Civil Veterinary Department. Central Provinces & Berar 1925-31 - 1925-1931
Year: 1925
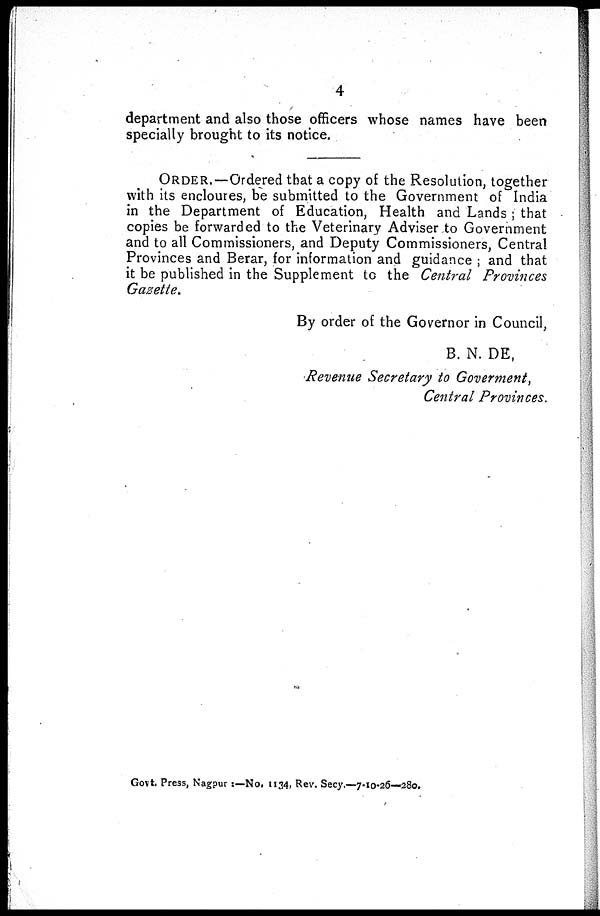
4
department and also those officers whose names have been
specially brought to its notice.
ORDER.—Ordered that a copy of the Resolution, together
with its encloures, be submitted to the Government of India
in the Department of Education, Health and Lands; that
copies be forwarded to the Veterinary Adviser to Government
and to all Commissioners, and Deputy Commissioners, Central
Provinces and Berar, for information and guidance; and that
it be published in the Supplement to the Central Provinces
Gazette.
By order of the Governor in Council,
B. N. DE,
Revenue Secretary to Goverment,
Central Provinces.
Govt. Press, Nagpur:—No. 1134, Rev. Secy.—7-10-26—280.